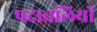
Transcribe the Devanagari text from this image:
पदावलियों